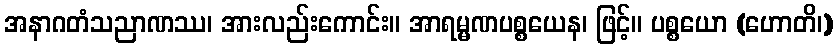
အနာဂတံသညာဏဿ၊ အားလည်းကောင်း။ အာရမ္မဏပစ္စယေန၊ ဖြင့်။ ပစ္စယော (ဟောတိ၊)